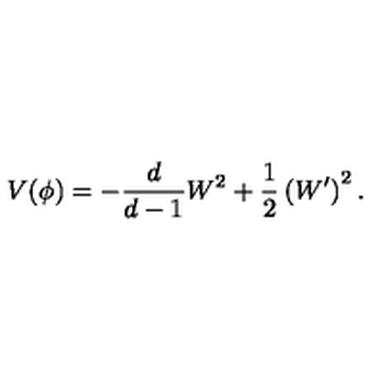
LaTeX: V ( \phi ) = - \frac { d } { d - 1 } W ^ { 2 } + \frac 1 2 \left( W ^ { \prime } \right) ^ { 2 } .